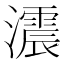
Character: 𤂪